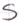
Text: S